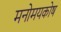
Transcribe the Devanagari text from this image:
मनोमयकोष